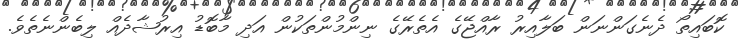
ކޮބައިތޯ ދެނެގަންނަން ބަލާއިރު ރާއްޖޭގެ އެތެރޭގެ ނިންމުންތަކުން އަދި މާބޮޑު އިރުޝާދެއް ލިބެންނެތެވެ.